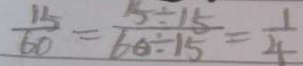
\frac { 1 5 } { 6 0 } = \frac { 1 5 \div 1 5 } { 6 0 \div 1 5 } = \frac { 1 } { 4 }